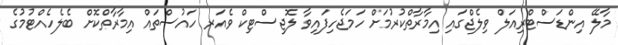
މާލޭ އިންޑަސްޓްރިއަލް ވިލެޖްގައި އިމާރާތްކުރުމަށް ހަމަޖެހިފައިވާ ލޮޖިސްޓިކް ވެއަރ ހައުސްތައް އިމާރާތްކޮށް ބެލެހެއްޓުމުގެ